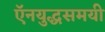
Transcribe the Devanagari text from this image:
ऍनयुद्धसमयी